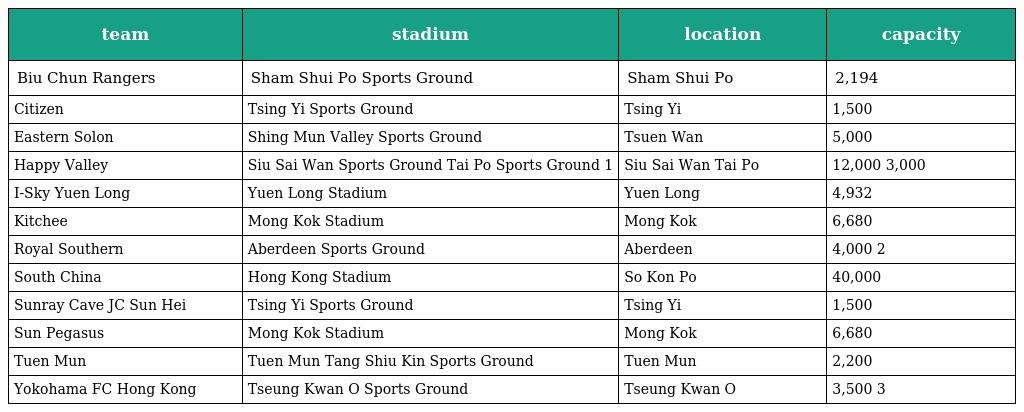
| team | stadium | location | capacity |
 | --- | --- | --- | --- |
 | Biu Chun Rangers | Sham Shui Po Sports Ground | Sham Shui Po | 2,194 |
 | Citizen | Tsing Yi Sports Ground | Tsing Yi | 1,500 |
 | Eastern Solon | Shing Mun Valley Sports Ground | Tsuen Wan | 5,000 |
 | Happy Valley | Siu Sai Wan Sports Ground Tai Po Sports Ground 1 | Siu Sai Wan Tai Po | 12,000 3,000 |
 | I-Sky Yuen Long | Yuen Long Stadium | Yuen Long | 4,932 |
 | Kitchee | Mong Kok Stadium | Mong Kok | 6,680 |
 | Royal Southern | Aberdeen Sports Ground | Aberdeen | 4,000 2 |
 | South China | Hong Kong Stadium | So Kon Po | 40,000 |
 | Sunray Cave JC Sun Hei | Tsing Yi Sports Ground | Tsing Yi | 1,500 |
 | Sun Pegasus | Mong Kok Stadium | Mong Kok | 6,680 |
 | Tuen Mun | Tuen Mun Tang Shiu Kin Sports Ground | Tuen Mun | 2,200 |
 | Yokohama FC Hong Kong | Tseung Kwan O Sports Ground | Tseung Kwan O | 3,500 3 |